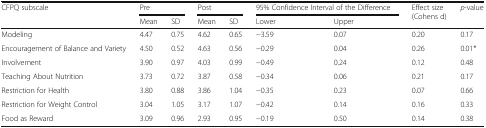
<table><thead><tr><td rowspan="2"><b>CFPQ subscale</b></td><td colspan="2"><b>Pre</b></td><td colspan="2"><b>Post</b></td><td colspan="2"><b>95% Confidence Interval of the Difference</b></td><td rowspan="2"><b>Effect size (Cohens d)</b></td><td rowspan="2"><b><i>p</i>-value</b></td></tr><tr><td><b>Mean</b></td><td><b>SD</b></td><td><b>Mean</b></td><td><b>SD</b></td><td><b>Lower</b></td><td><b>Upper</b></td></tr></thead><tbody><tr><td>Modeling</td><td>4.47</td><td>0.75</td><td>4.62</td><td>0.65</td><td>−3.59</td><td>0.07</td><td>0.20</td><td>0.17</td></tr><tr><td>Encouragement of Balance and Variety</td><td>4.50</td><td>0.52</td><td>4.63</td><td>0.56</td><td>−0.29</td><td>0.04</td><td>0.26</td><td>0.01*</td></tr><tr><td>Involvement</td><td>3.90</td><td>0.97</td><td>4.03</td><td>0.99</td><td>−0.49</td><td>0.24</td><td>0.12</td><td>0.48</td></tr><tr><td>Teaching About Nutrition</td><td>3.73</td><td>0.72</td><td>3.87</td><td>0.58</td><td>−0.34</td><td>0.06</td><td>0.21</td><td>0.17</td></tr><tr><td>Restriction for Health</td><td>3.80</td><td>0.88</td><td>3.86</td><td>1.04</td><td>−0.35</td><td>0.23</td><td>0.07</td><td>0.66</td></tr><tr><td>Restriction for Weight Control</td><td>3.04</td><td>1.05</td><td>3.17</td><td>1.07</td><td>−0.42</td><td>0.14</td><td>0.16</td><td>0.33</td></tr><tr><td>Food as Reward</td><td>3.09</td><td>0.96</td><td>2.93</td><td>0.95</td><td>−0.19</td><td>0.50</td><td>0.14</td><td>0.38</td></tr></tbody></table>